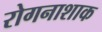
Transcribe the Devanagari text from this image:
रोगनाशाक